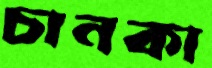
চানকা